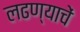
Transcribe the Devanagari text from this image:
लढण्याचें